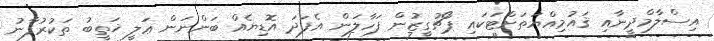
އިސްލާމްދީނާއި ޤައުމިއްޔަތަށްޓަކައި ޕޯޗުގީޒުން ފަހާލަން އެފަދަ އޮޑިޔެއް ބަންނަން ޢަލީ ޚަތީބު ތަކުރުފާނު